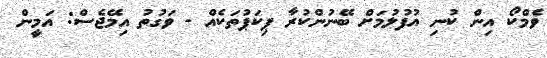
ވެމްކޯ އިން ކުނި އުފުލުމަށް ބޭނުންކުރާ ޕިކަޕުތަކެއް - ވަގުތު އިމޭޖެސް: އަމީން